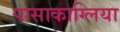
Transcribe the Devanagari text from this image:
पासाकाग्लिया